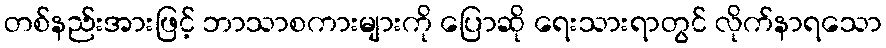
တစ်နည်းအားဖြင့် ဘာသာစကားများကို ပြောဆို ရေးသားရာတွင် လိုက်နာရသော